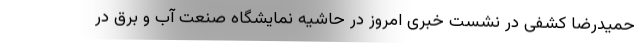
حمیدرضا کشفی در نشست خبری امروز در حاشیه نمایشگاه صنعت آب و برق در